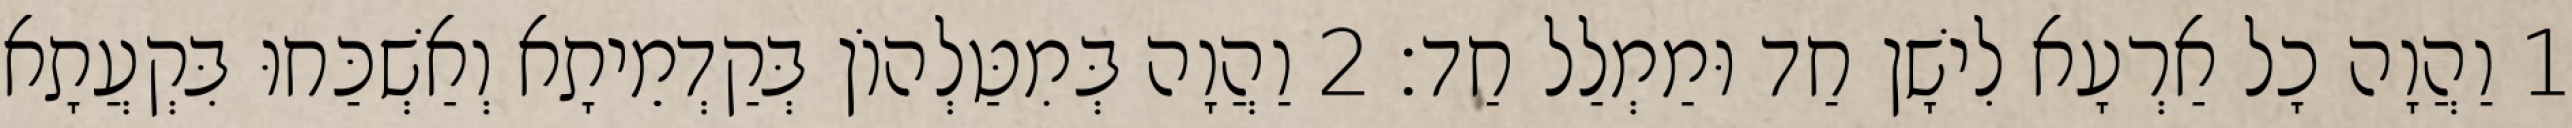
1 וַהֲוָה כָל אַרְעָא לִישָׁן חַד וּמַמְלַל חַד׃ 2 וַהֲוָה בְּמִטַּלְהוֹן בְּקַדְמֵיתָא וְאַשְׁכַּחוּ בִּקְעֲתָא